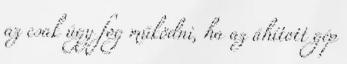
az csak úgy fog működni, ha az áhított gép